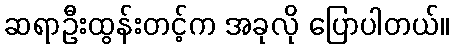
ဆရာဦးထွန်းတင့်က အခုလို ပြောပါတယ်။